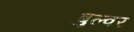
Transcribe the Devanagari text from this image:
बुल्वर